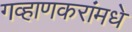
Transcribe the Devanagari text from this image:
गव्हाणकरांमधे